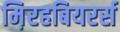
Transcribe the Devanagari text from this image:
म़िरहबियरर्स